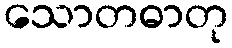
သောတဓာတု